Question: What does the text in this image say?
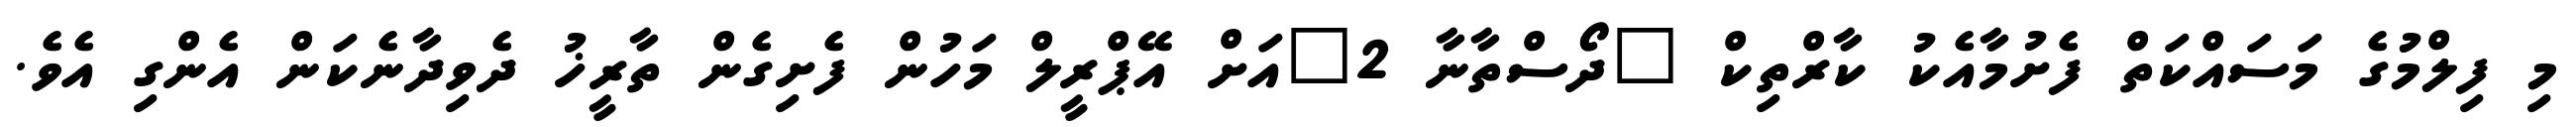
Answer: މި ފިލްމުގެ މަސައްކަތް ފެށުމާއެކު ކާރްތިކް "ދޯސްތާނާ 2"އަށް އޭޕްރީލް މަހުން ފެށިގެން ތާރީޚު ދެވިދާނެކަން އެންގި އެވެ.